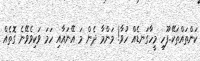
ކަންތައްތަކޭ..ފޫހި މީހާގަނޑެއް ހުވާ! މަންމާ ދެން މަ އޭނައާއި ހަމަ ވަކިވެވޭނެ ގޮތެއް